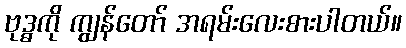
ဗုဒ္ဓကို ကျွန်တော် အရမ်းလေးစားပါတယ်။